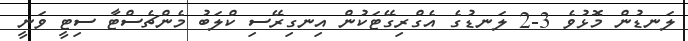
ލަނޑުން މޮޅުވެ 3-2 ލަނޑުގެ އެގްރިގޭޓަކުން އިނގިރޭސި ކްލަބު މެންޗެސްޓާ ސިޓީ ވަނީ